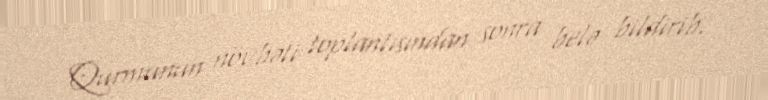
Qurmunun növbəti toplantısından sonra belə bildirib.